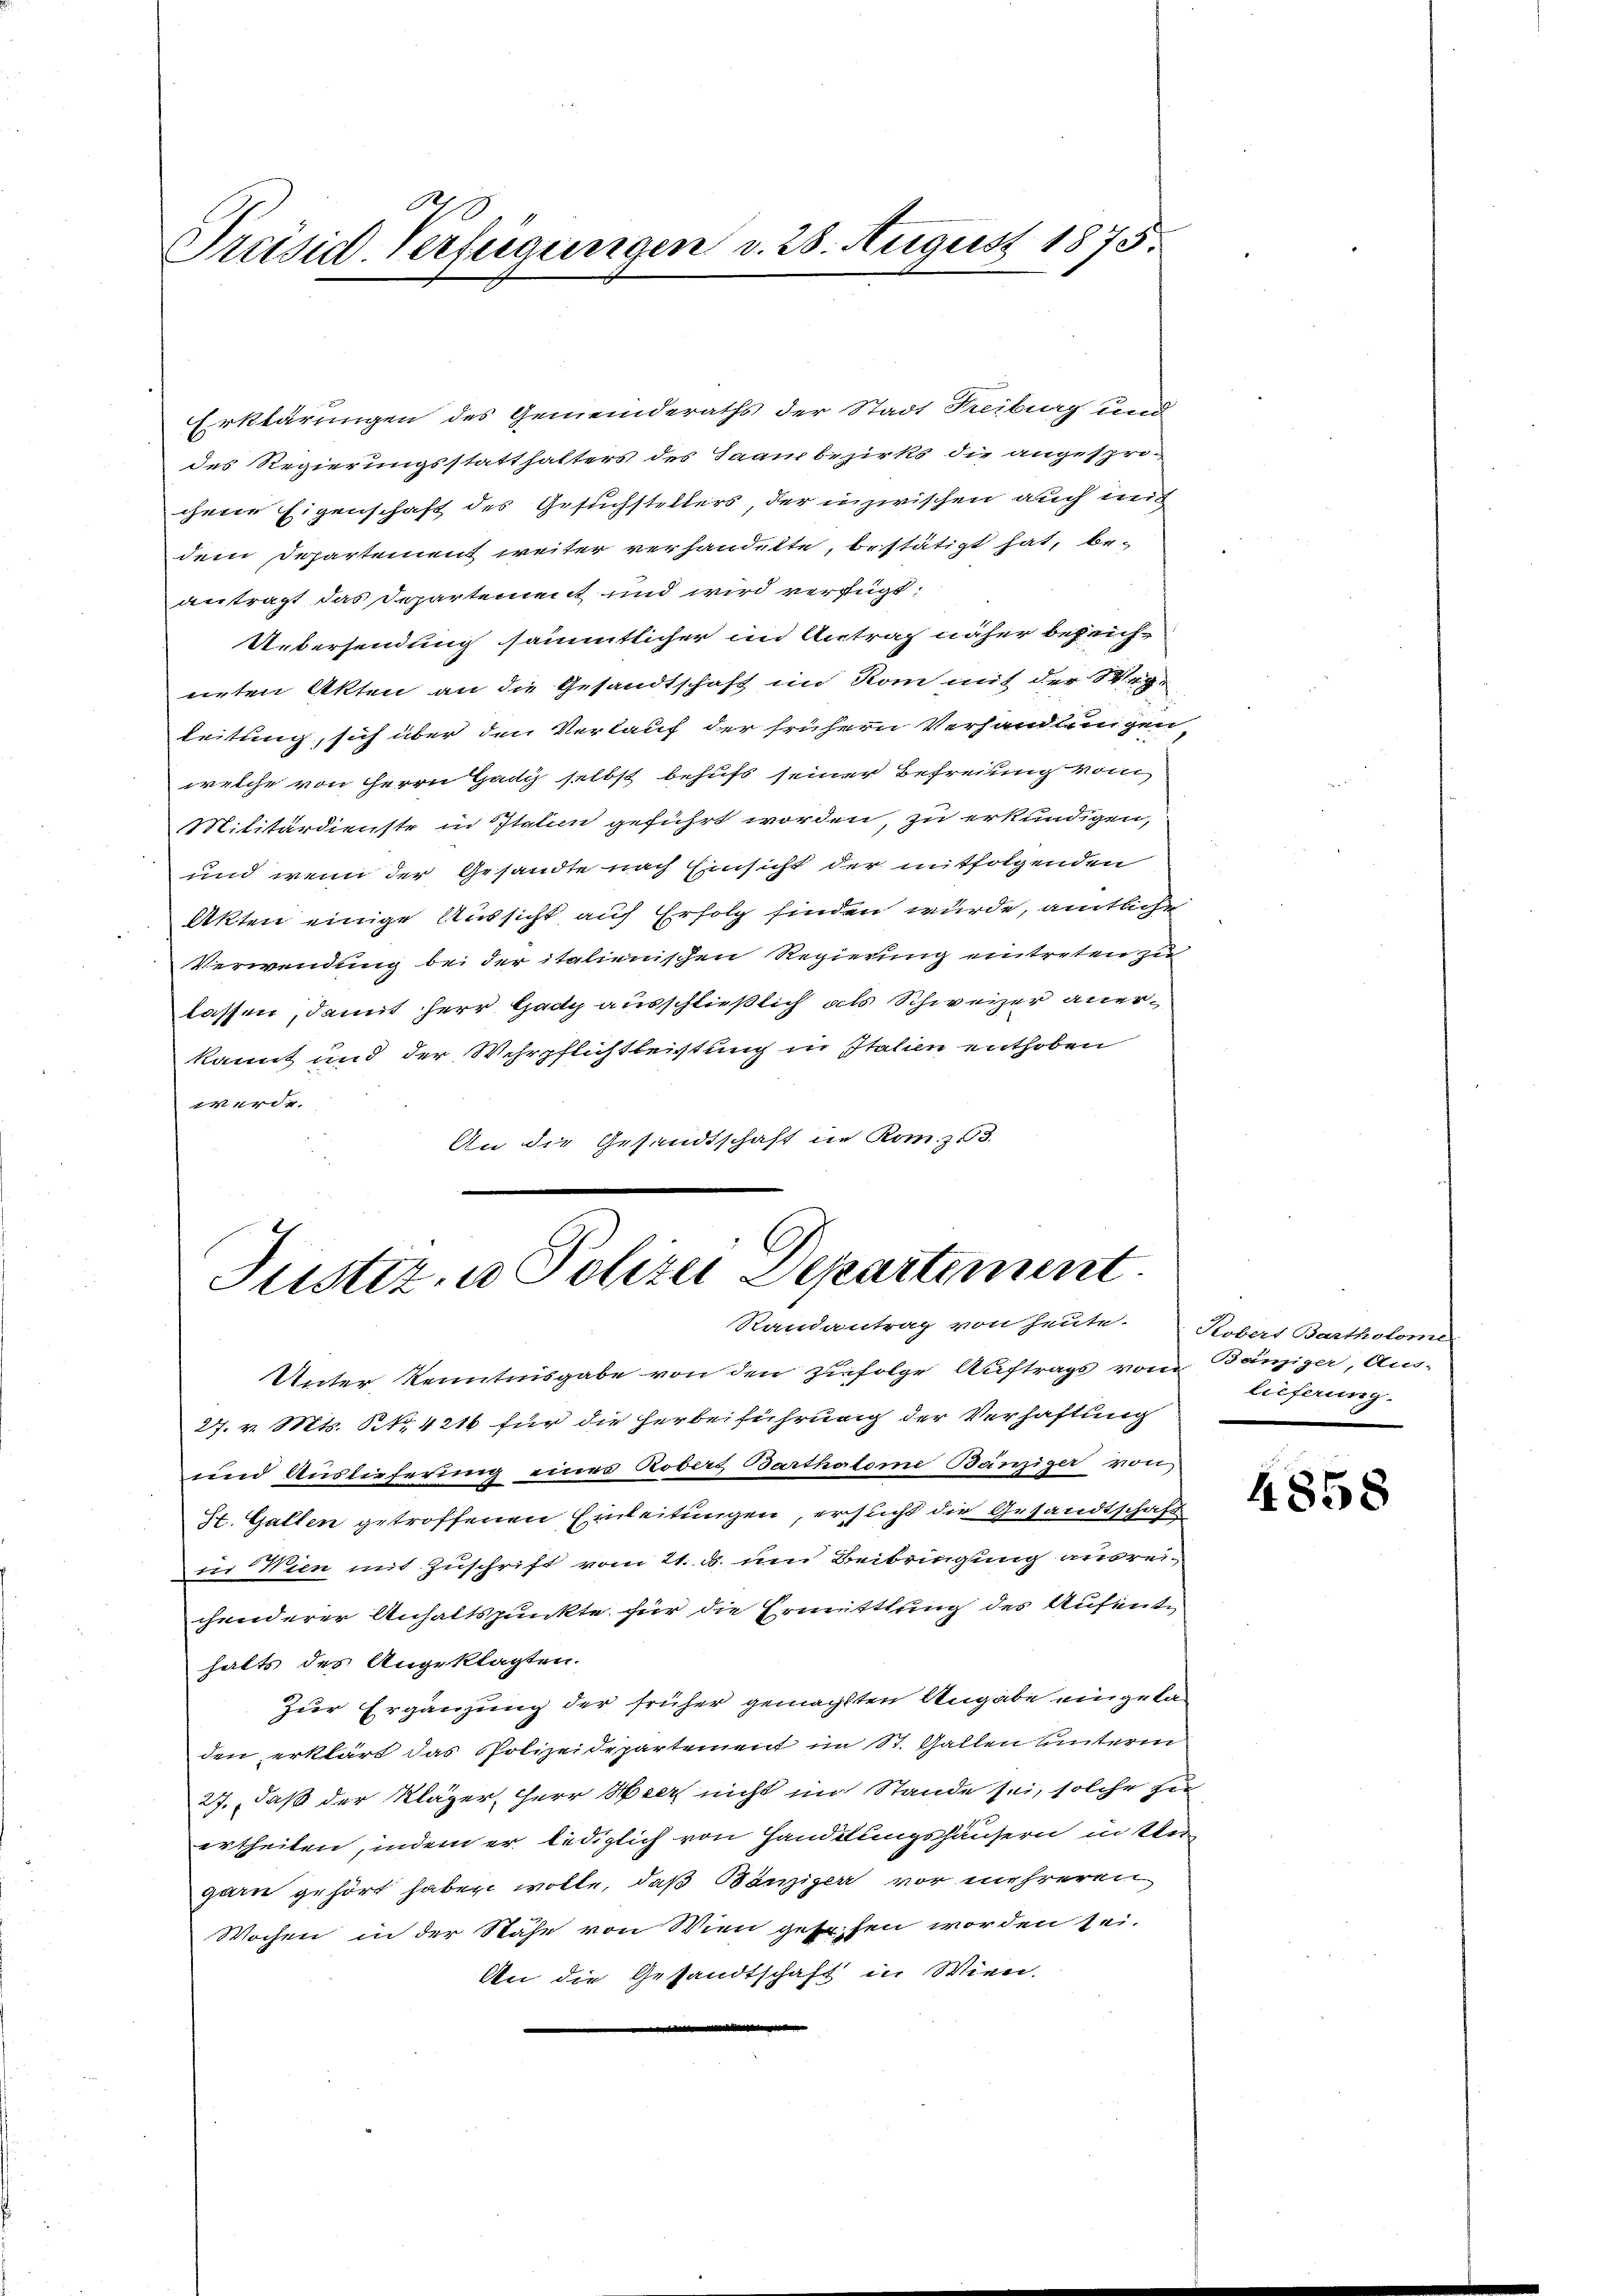
d
Preisid-Verfügungen d. 28. August 1875.

Erklärungen des Gemeinderaths der Stadt Freiburg und
des Regierungsstatthalters des Saambezirks die angesprochene Eigenschaft des Gesuchstellers, der inzwischen auch mit
dem Departement weiter verhandelte, bestätigt hat, be-
antragt das Departement und wird verfügt:
Uebersendung sämmtlicher im Antrag näher bezeichneten Akten an die Gesandtschaft im Rom mit der Wegleitung, sich über den Verlauf der frühern Verhandlungen,
welche von HHerrn Gady selbst behufs seiner Befreiung vom
Militärdienste in Italin geführt worden, zu erkundigen,
und wenn der Gesandte nach Einsicht der mitfolgenden
Akten einige Aussicht auf Erfolg finden wurde, amtliche
Verwendung bei der italienischen Regierung eintreten zu
lassen, damit herr Gady ausschließlich als Schweizer anerkannt und der Wehrpflichtleistung in Italien enthoben
werde.
An die Gesandtschaft in Romz 3.

Justiz- u Polizei Departement
Randantrag von heute. Robert Bartholome

Unter Kenntnisgabe von den zufolge Auftrags vom Bänziger, Aus-
27. v. Mts. Nr. 421 für die Herbeiführung der Verhaftung
und Auslieferung einer Robers Barthalere Bänziger von
St. Gallen getroffenen Einleitungen, ersucht die Gesandtschaft
in Wien mit Zuschrift vom 21. d. um Beibringung angreichenderer Anhaltspunkte für die Ermittlung des Aufenthalts des Angeklagten.
Zur Ergänzung der früher gemachten Angabe eingeladen erklärt das Polizeidepartement im St. Gallen unterm
27. daß der Kläger, Herr Heer nicht im Stande sei, solche sie
ertheilen, indem er lediglich von Handlungshäusern in der
garn gehört haben wolle, daß Bänziger vor mehreren
Wochen in der Nähe von Wien gesehen worden sei.
An die Gesandtschaft in Wien.
.

lieferung.
.

4858